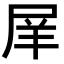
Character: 𡱝